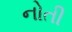
નોતી